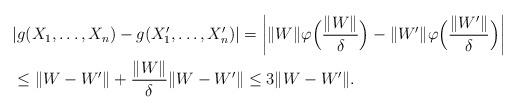
LaTeX: \begin{align*}&|g(X_1,\dots, X_n)-g(X_1',\dots, X_n')|=\biggl|\|W\|\varphi\Bigl(\frac{\|W\|}{\delta}\Bigr)-\|W'\|\varphi\Bigl(\frac{\|W'\|}{\delta}\Bigr)\biggr|\\&\leq \|W-W'\| + \frac{\|W\|}{\delta}\|W-W'\|\leq 3\|W-W'\|.\end{align*}